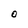
Character: O